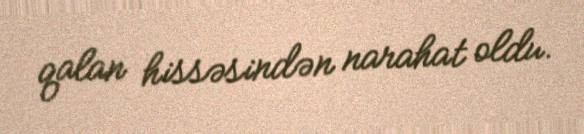
qalan hissəsindən narahat oldu.